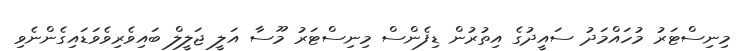
މިނިސްޓަރު މުހައްމަދު ސައީދުގެ އިތުރުން ޑިފެންސް މިނިސްޓަރު މޫސާ އަލީ ޖަލީލް ބައިވެރިވެވަޑައިގެންނެވި